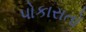
પોકારાતો